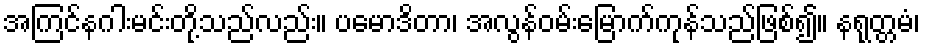
အကြင်နဂါးမင်းတို့သည်လည်း။ ပမောဒိတာ၊ အလွန်ဝမ်းြမောက်ကုန်သည်ဖြစ်၍။ နရုတ္တမံ၊